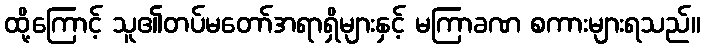
ထို့ကြောင့် သူ၏တပ်မတော်အရာရှိများနှင့် မကြာခဏ စကားများရသည်။